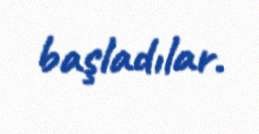
başladılar.